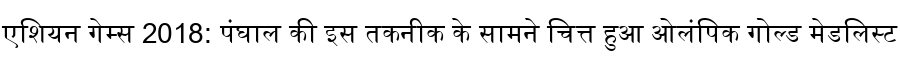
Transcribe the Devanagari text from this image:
एशियन गेम्स 2018: पंघाल की इस तकनीक के सामने चित्त हुआ ओलंपिक गोल्ड मेडलिस्ट